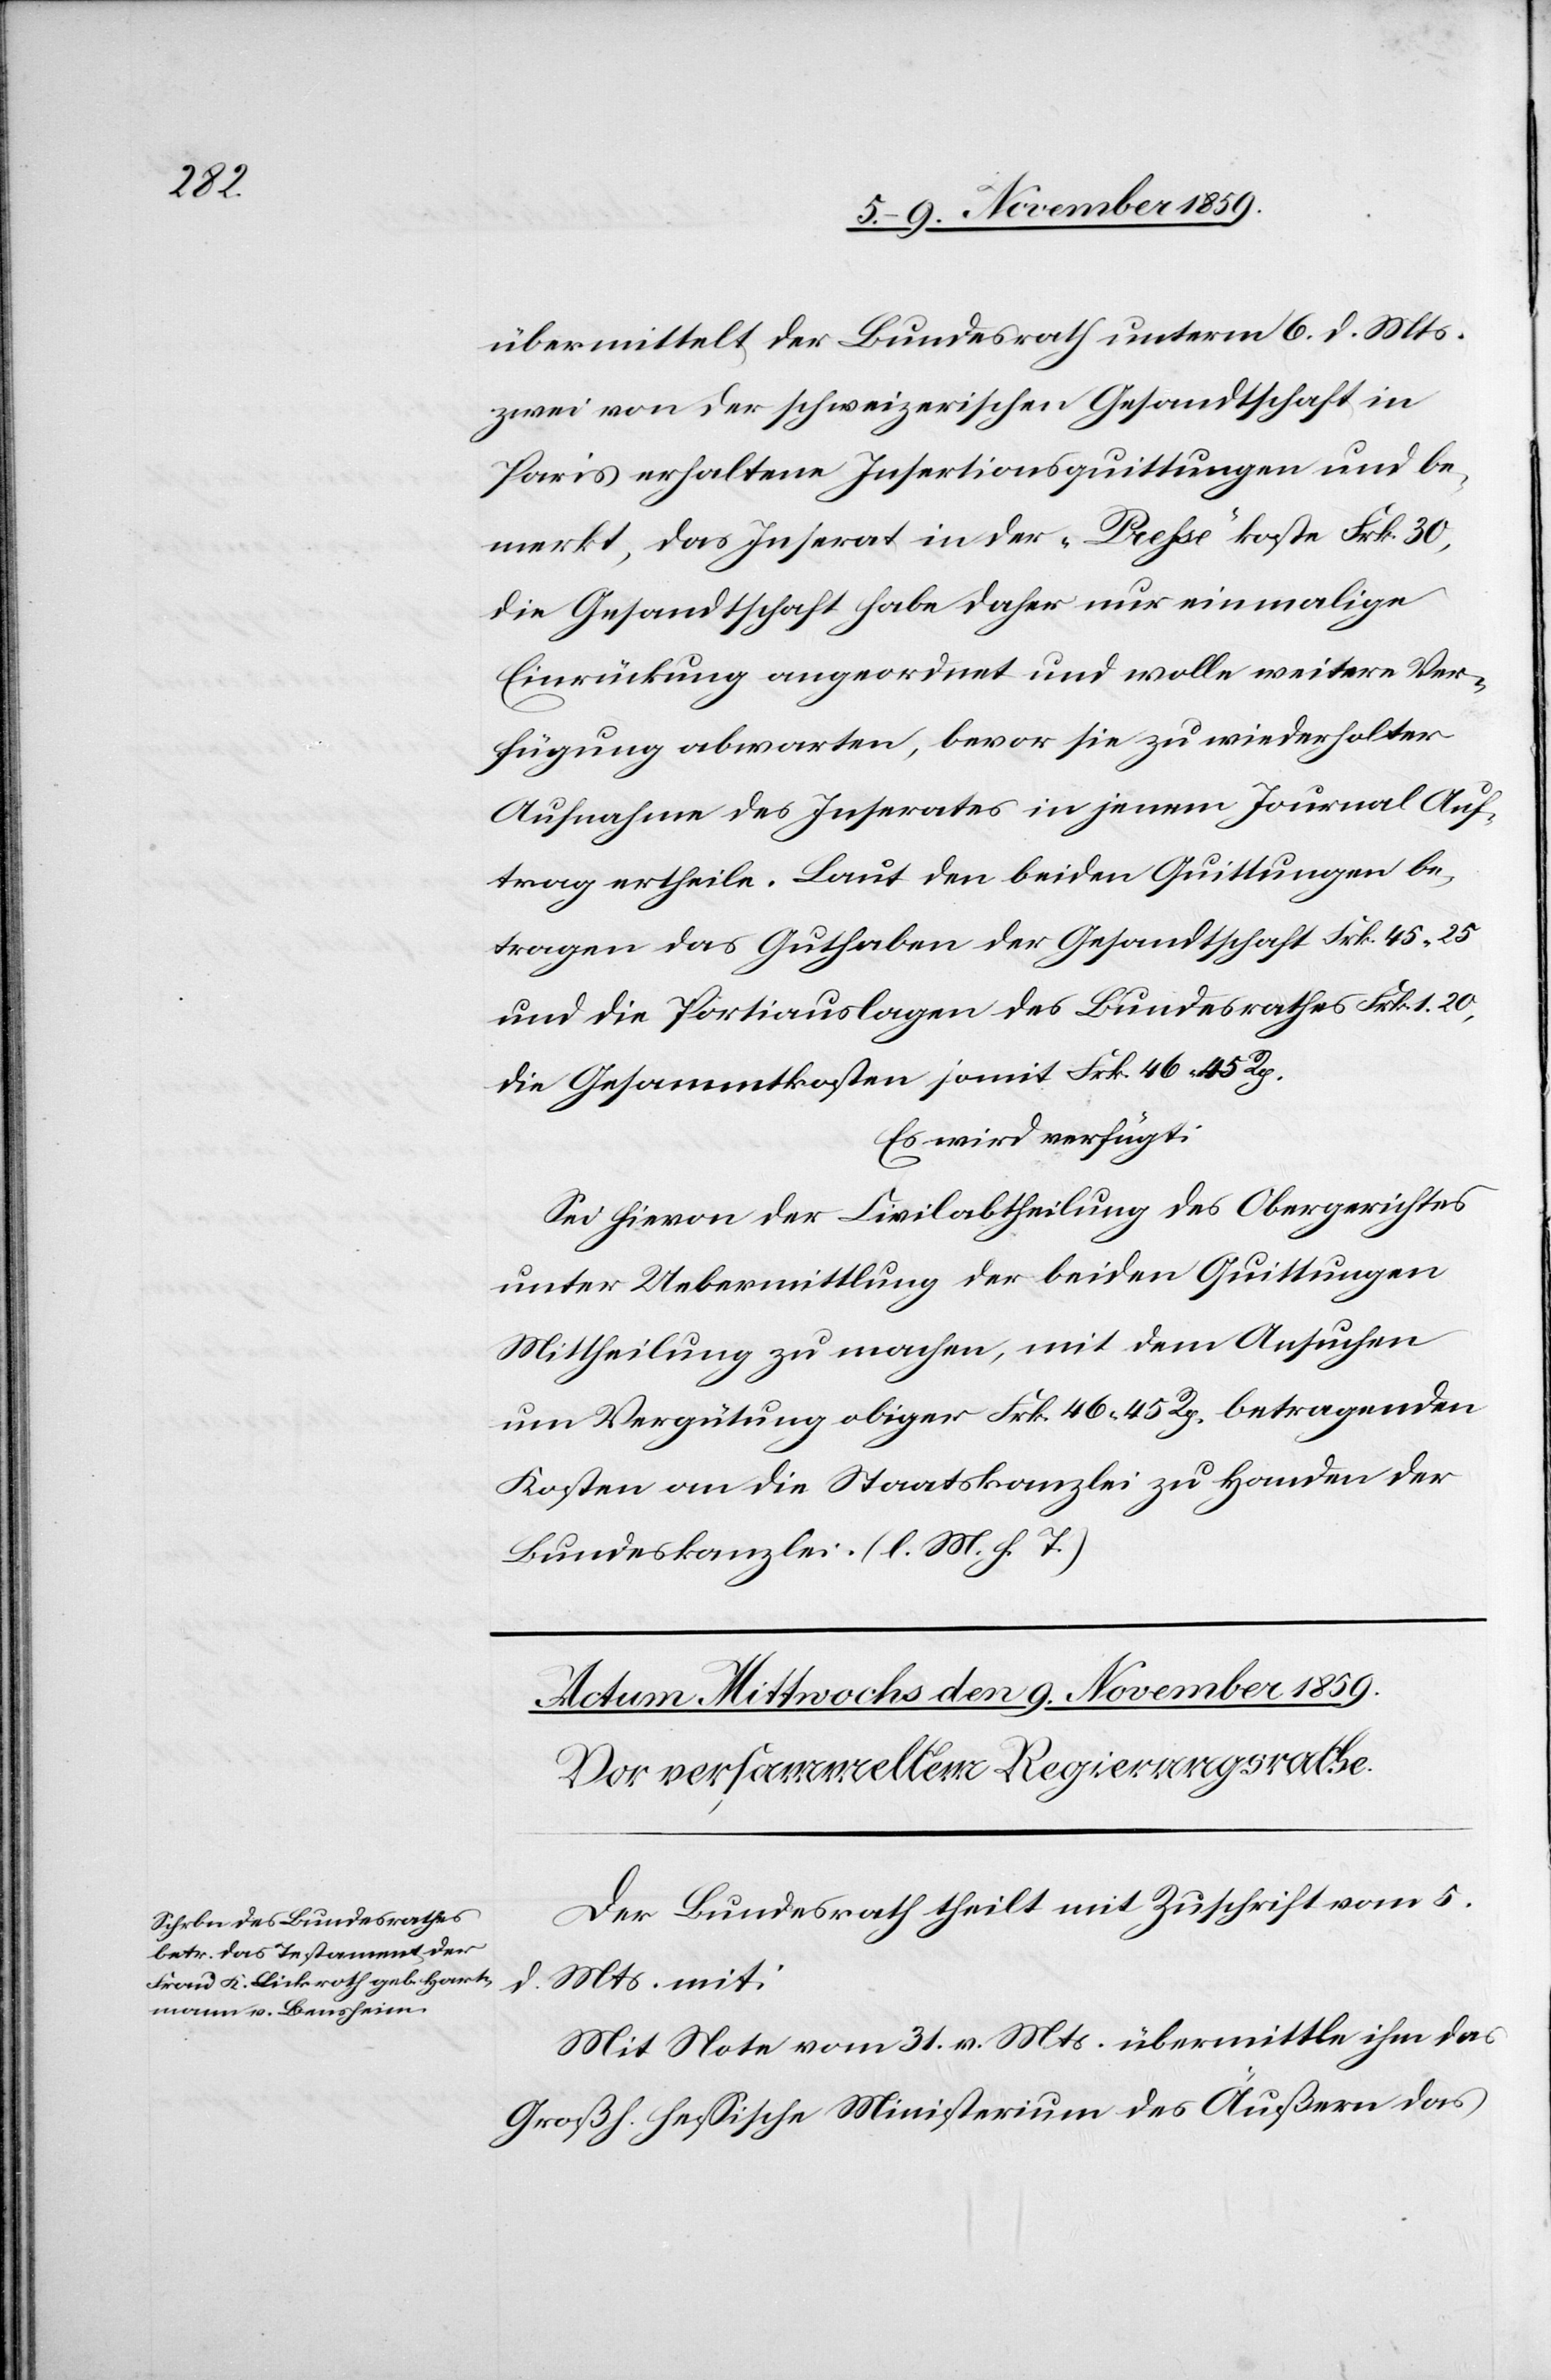
übermittelt der Bundesrath unterm 6. d. Mts.
zwei von der schweizerischen Gesandtschaft in
Paris erhaltene Insertionsquittungen und be¬
merkt, das Inserat in der „Presse“ koste Frk. 30,
die Gesandtschaft habe daher nur einmalige
Einrückung angeordnet, bevor sie zu wiederholter
Aufnahme des Inserates in jenem Journal Auf¬
trag ertheile. Laut den beiden Quittungen be¬
trage das Guthaben der Gesandtschaft Frk. 45.25
und die Portiauslagen des Bundesrathes Frk. 1.20,
die Gesammtkosten somit Frk. 46 45 Rp.
Es wird verfügt:
Sei hievon der Civilabtheilung des Obergerichtes
unter Uebermittlung der beiden Quittungen
Mittheilung zu machen, mit dem Ansuchen
um Vergütung obiger Frk. 46 45 Rp. betragenden
Kosten an die Staatskanzlei zu Handen der
Bundeskanzlei. (l. M. h. T.)
Der Bundesrath theilt mit Zuschrift vom 5.
d. Mts. mit:
Mit Note vom 31. v. Mts. übermittle ihm das
Großh. hessische Ministerium des Äußern das